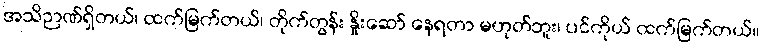
အသိဉာဏ်ရှိတယ်၊ ထက်မြက်တယ်၊ တိုက်တွန်း နှိုးဆော် နေရတာ မဟုတ်ဘူး၊ ပင်ကိုယ် ထက်မြက်တယ်။